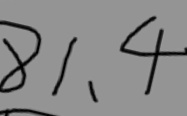
8 1 , 4